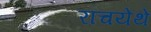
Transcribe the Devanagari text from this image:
रांचयेथे